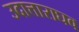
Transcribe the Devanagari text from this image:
उदात्ताराघव